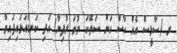
ރ (ސާޅީސް އެއް ހާސް އަށް ސަތޭކަ ނުވަ ރުފިޔާ) އަދި ކަނޑައަޅައިފައިވާ